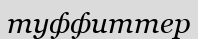
туффиттер